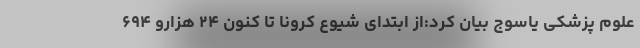
علوم پزشکی یاسوج بیان کرد:از ابتدای شیوع کرونا تا کنون ۲۴ هزارو ۶۹۴